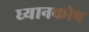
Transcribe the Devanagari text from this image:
ध्यानकोष